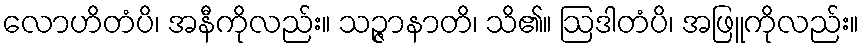
လောဟိတံပိ၊ အနီကိုလည်း။ သဉ္ဇာနာတိ၊ သိ၏။ ဩဒါတံပိ၊ အဖြူကိုလည်း။